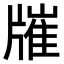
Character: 𤗯